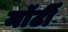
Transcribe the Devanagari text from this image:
मॉर्टी